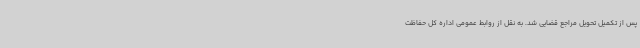
پس از تکمیل تحویل مراجع قضایی شد. به نقل از روابط عمومی اداره کل حفاظت